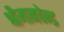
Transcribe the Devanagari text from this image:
श्रीमानवेन्द्र